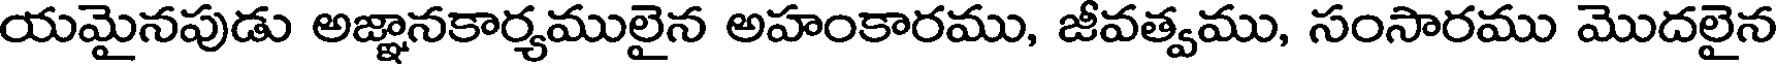
యమైనపుడు అజ్ఞానకార్యములైన అహంకారము, జీవత్వము, సంసారము మొదలైన